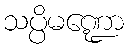
သပ္ပိမဏ္ဍော